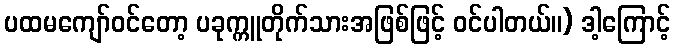
ပထမကျော်ဝင်တော့ ပခုက္ကူတိုက်သားအဖြစ်ဖြင့် ဝင်ပါတယ်။) ဒါ့ကြောင့်